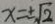
x = \pm \sqrt { 2 }